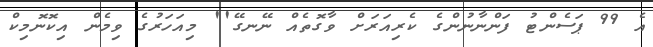
އެ 99 ޕަސެންޓު ފަންނާނުންގެ ކެރިއަރަށް ވާގޮތެއް ނޭނގޭ'' މިއަހަރުގެ ވިމެން އިކޮނޮމިކް